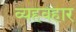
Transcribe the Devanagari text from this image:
व्यहवहार